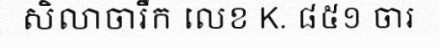
សិលាចារឹក លេខ K. ៨៥១ ចារ